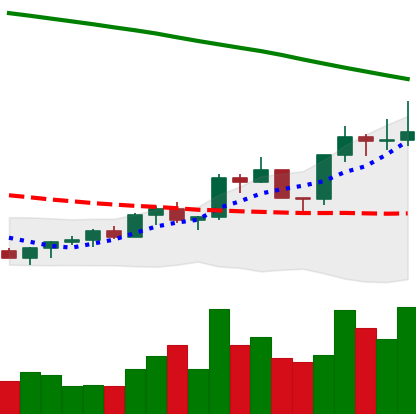
Ticker: EOS-USD
Chart end date: 2022-07-31
Forward return: -5.571%
Label: down_5_7